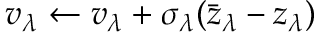
v _ { \lambda } \leftarrow v _ { \lambda } + \sigma _ { \lambda } ( \bar { z } _ { \lambda } - z _ { \lambda } )